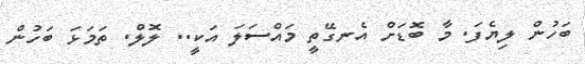
ބަހުން ލިޔެފަ. މާ ބޮޑަށްް އެނގޭތީ މައްްސަލަ އަކީ.. ލޮލް. ތަމަޅަ ބަހުން